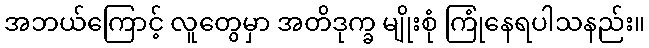
အဘယ်ကြောင့် လူတွေမှာ အတိဒုက္ခ မျိုးစုံ ကြုံနေရပါသနည်း။